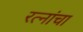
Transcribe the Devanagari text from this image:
रत्नांचा